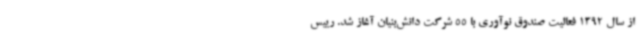
از سال 1392 فعالیت صندوق نوآوری با 55 شرکت دانش‌بنیان آغاز شد. رییس